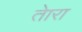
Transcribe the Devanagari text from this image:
तेारा